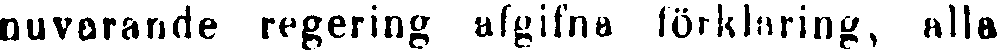
nuvarande regering afgifna förklaring, alla